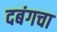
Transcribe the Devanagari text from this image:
दबंगचा